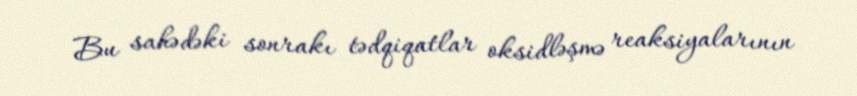
Bu sahədəki sonrakı tədqiqatlar oksidləşmə reaksiyalarının